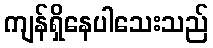
ကျန်ရှိနေပါသေးသည်